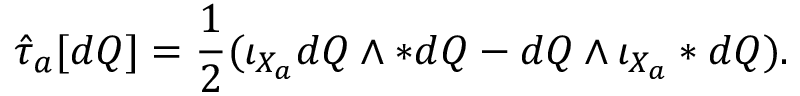
\hat { \tau } _ { a } [ d Q ] = \frac { 1 } { 2 } ( \iota _ { X _ { a } } d Q \wedge * d Q - d Q \wedge \iota _ { X _ { a } } * d Q ) .